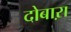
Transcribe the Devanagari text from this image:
दोबाऱा